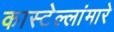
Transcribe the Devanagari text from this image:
कास्टेल्लांमारे